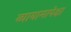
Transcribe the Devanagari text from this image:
व्यायामापेक्षा